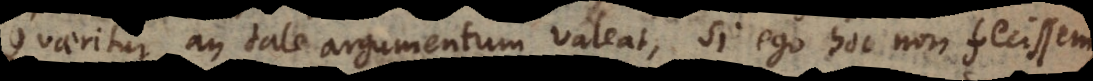
Quaeritur an tale argumentum valeat, si ego hoc non fecissem,